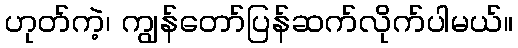
ဟုတ်ကဲ့၊ ကျွန်တော်ပြန်ဆက်လိုက်ပါမယ်။